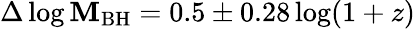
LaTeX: \Delta\log\mathbf{M}_{\mathrm{{BH}}}=0.5\pm0.28\log(1+z)